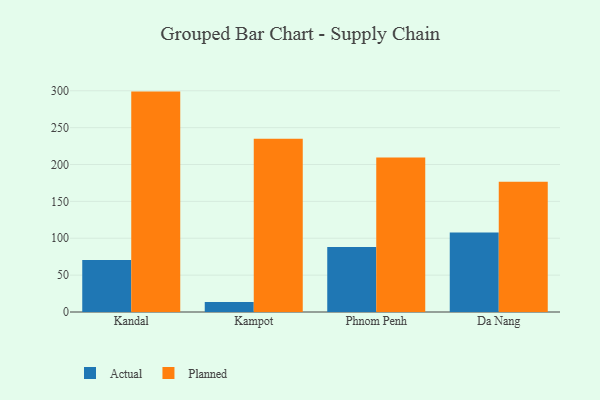
{"axis": {"x": "City", "y": "Headcount"}, "legend": ["Actual", "Planned"], "data": [{"x": "Kandal", "y": 70.4, "type": "Actual"}, {"x": "Kandal", "y": 298.9, "type": "Planned"}, {"x": "Kampot", "y": 13.4, "type": "Actual"}, {"x": "Kampot", "y": 235.0, "type": "Planned"}, {"x": "Phnom Penh", "y": 88.1, "type": "Actual"}, {"x": "Phnom Penh", "y": 209.5, "type": "Planned"}, {"x": "Da Nang", "y": 107.7, "type": "Actual"}, {"x": "Da Nang", "y": 176.6, "type": "Planned"}]}